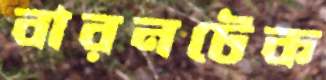
বারনটেক